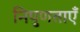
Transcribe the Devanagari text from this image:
निपुणताएँ